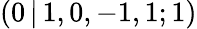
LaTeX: (0\, |\, 1,0,-1,1;1)